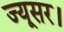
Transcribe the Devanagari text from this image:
ज्यूसर।